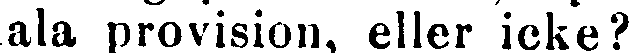
tala provision, eller icke?